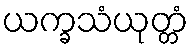
ယက္ခသံယုတ္တံ